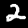
Digit: 2